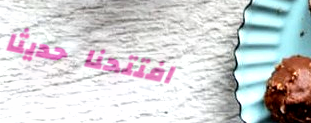
افتتحنا حديثاً